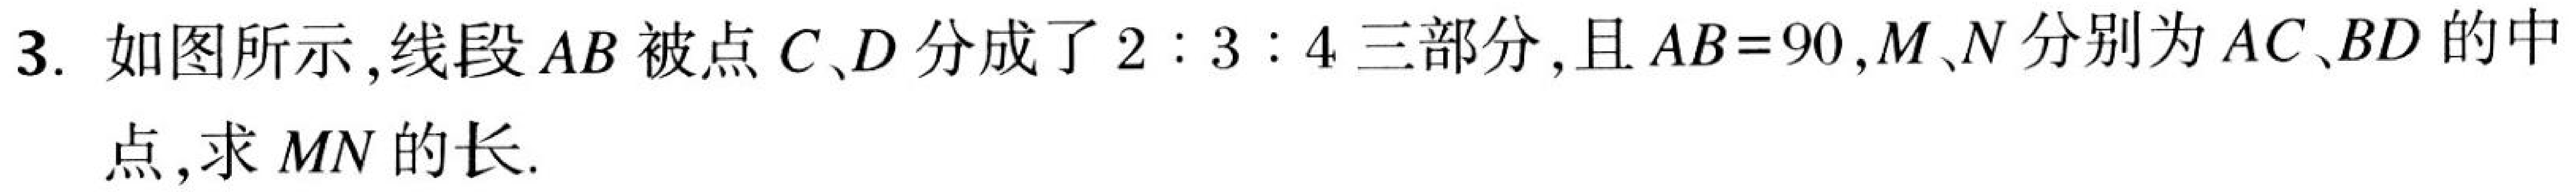
3. 如图所示，线段 \(AB\) 被点 \(C、D\) 分成了 \(2:3:4\) 三部分，且 \(AB = 90\)，\(M、N\) 分别为 \(AC、BD\) 的中
点，求 \(MN\) 的长.